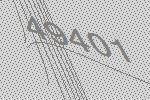
49401